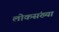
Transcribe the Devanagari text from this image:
लोकसंख्‍या